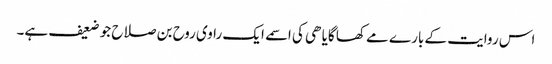
اس روایت کے بارے مے کھا گایا ھی کی اسمے ایک راوی روح بن صلاح جو ضعیف ہے۔